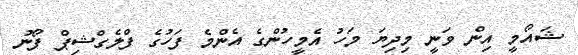
ޝައޯމީ އިން ވަނީ މިދިޔަ މަހު އެމީހުންގެ އެންމެ ފަހުގެ ފްލެގްޝިޕް ފޯނު